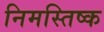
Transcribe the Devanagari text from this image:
निमस्तिष्क